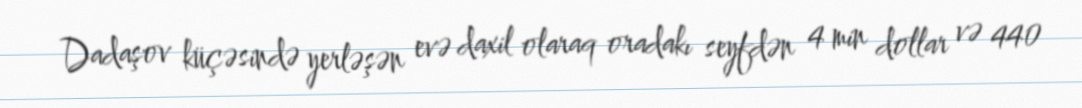
Dadaşov küçəsində yerləşən evə daxil olaraq oradakı seyfdən 4 min dollar və 440